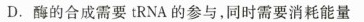
D.酶的合成需要tRNA的参与，同时需要消耗能量